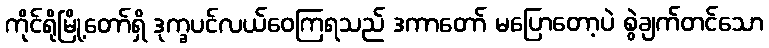
ကိုင်ရိုမြို့တော်ရှိ ဒုက္ခပင်လယ်ဝေကြရသည် ဒကာတော် မပြောတော့ပဲ စွဲချက်တင်သော